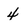
Character: 4